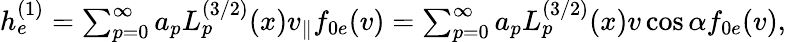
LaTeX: \begin{array}{r}{h_{e}^{(1)}=\sum_{p=0}^{\infty}a_{p}L_{p}^{(3/2)}(x)v_{\parallel}f_{0e}(v)=\sum_{p=0}^{\infty}a_{p}L_{p}^{(3/2)}(x)v\cos\alpha f_{0e}(v),}\end{array}